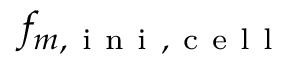
f _ { m , \mathrm { ~ i ~ n ~ i ~ } , \mathrm { ~ c ~ e ~ l ~ l ~ } }